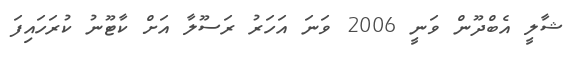
ޝާލީ އެބްދޫން ވަނީ 2006 ވަނަ އަހަރު ރަސޫލާ އަށް ކާޓޫނު ކުރަހައިފަ